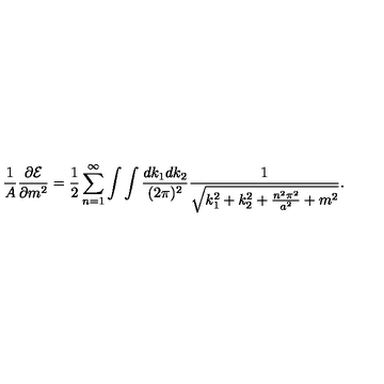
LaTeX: { \frac { 1 } { A } } { \frac { \partial { \cal E } } { \partial m ^ { 2 } } } = { \frac { 1 } { 2 } } \sum _ { n = 1 } ^ { \infty } \int \int { \frac { d k _ { 1 } d k _ { 2 } } { ( 2 \pi ) ^ { 2 } } } { \frac { 1 } { \sqrt { k _ { 1 } ^ { 2 } + k _ { 2 } ^ { 2 } + { \frac { n ^ { 2 } \pi ^ { 2 } } { a ^ { 2 } } } + m ^ { 2 } } } } .